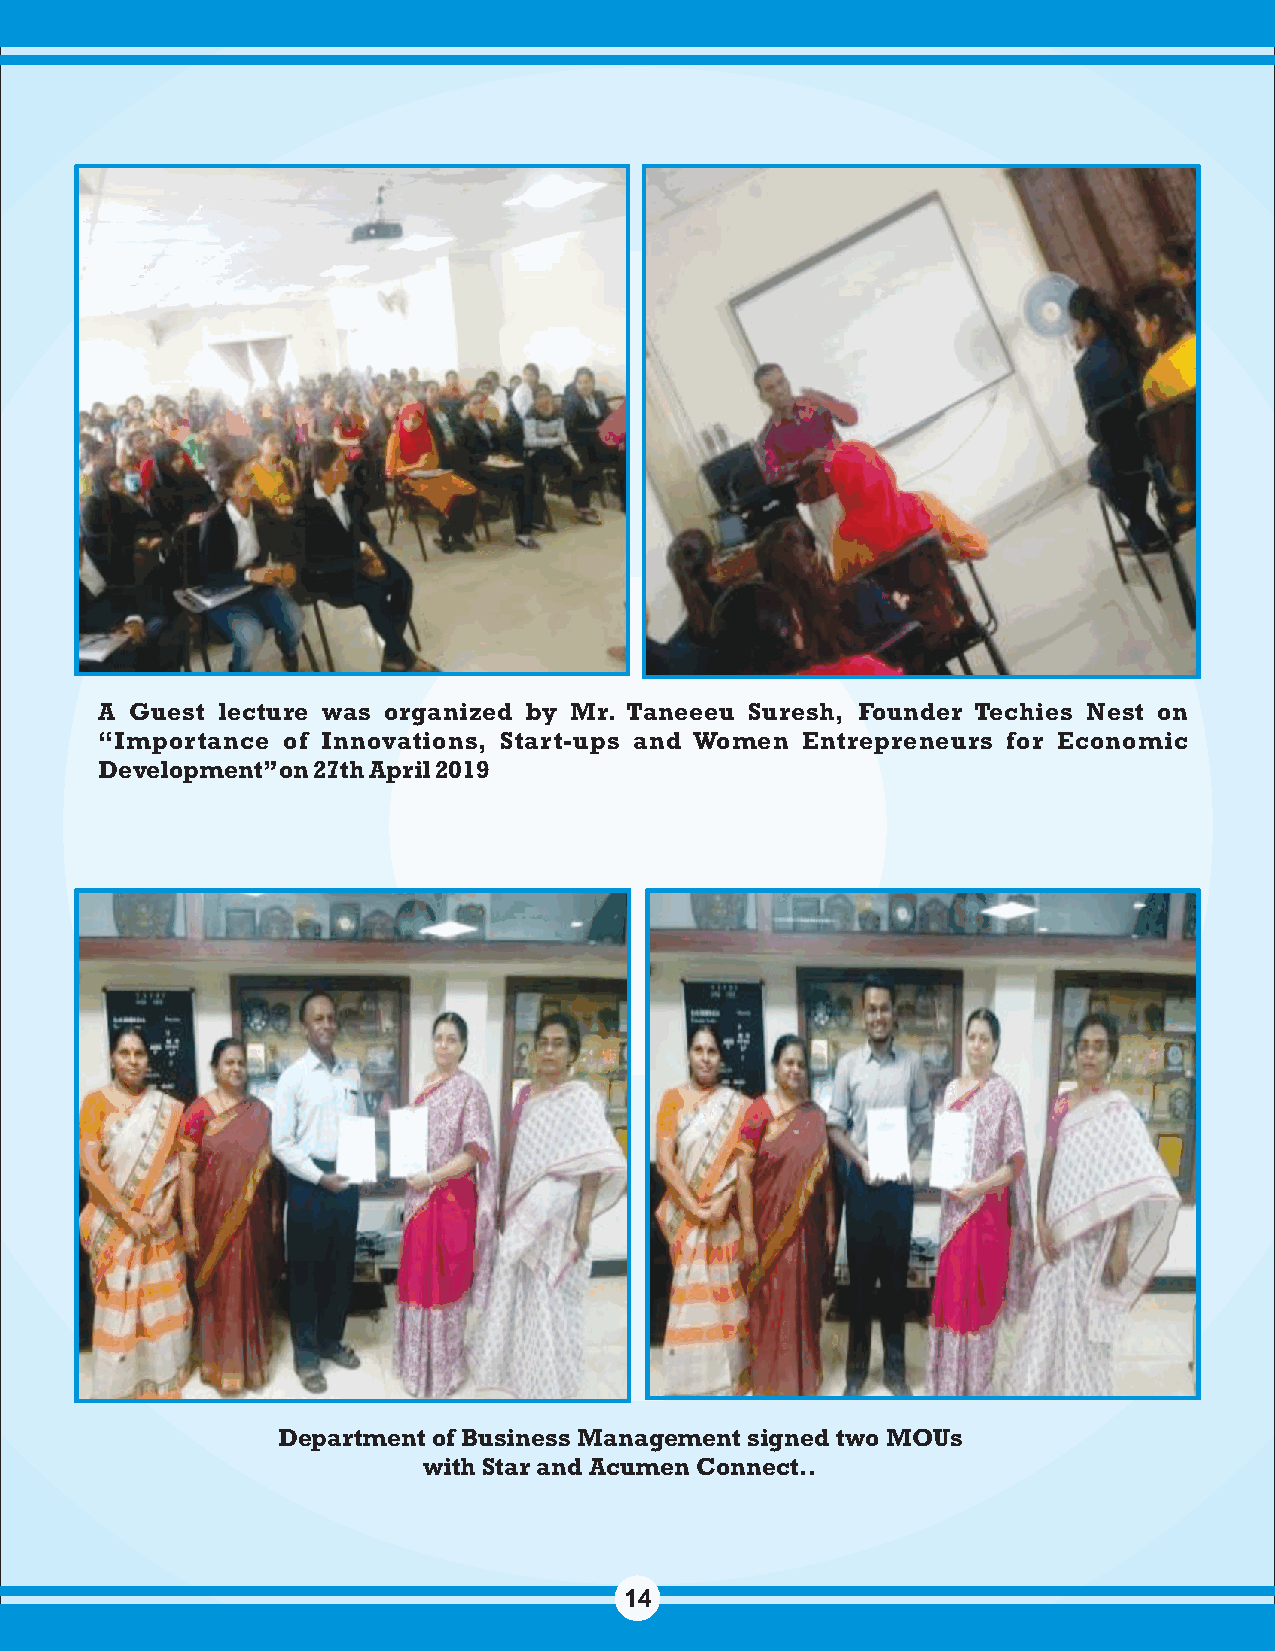
A  Guest lecture was organized by Mr. Taneeeu Suresh, Founder Techies Nest on
 “Importance  of Innovations, Start-ups and Women Entrepreneurs for Economic
 Development” on 27th April 2019
 Department of Business Management signed two MOUs
 with Star and Acumen Connect..
 14